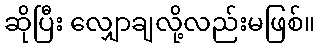
ဆိုပြီး လျှောချလို့လည်းမဖြစ်။